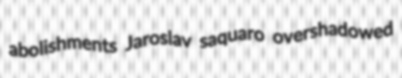
abolishments Jaroslav saquaro overshadowed